Malaria in India - Number 2
Disease focus: Malaria
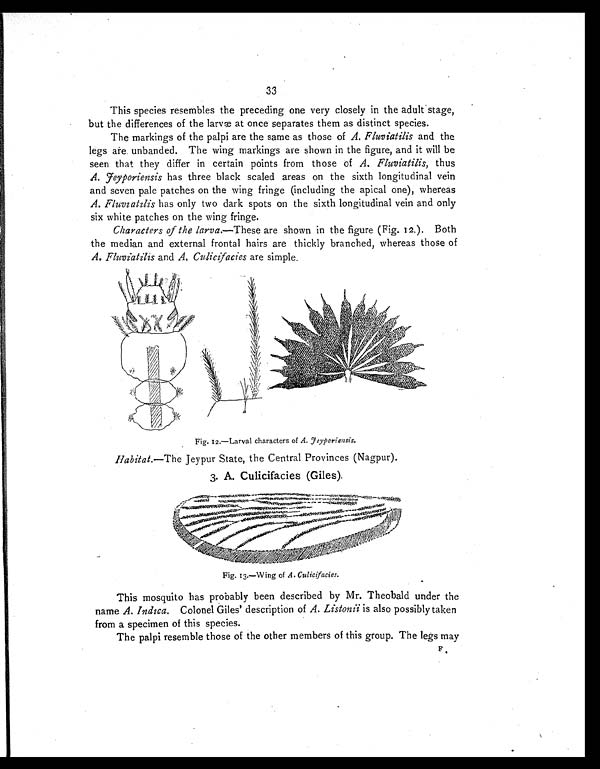
33
This species resembles the preceding one very closely in the adult stage,
but the differences of the larvæ at once separates them as distinct species.
The markings of the palpi are the same as those of A. Fluviatilis and the
legs are unbanded. The wing markings are shown in the figure, and it will be
seen that they differ in certain points from those of A. Fluviatilis, thus
A. Feyporiensis has three black scaled areas on the sixth longitudinal vein
and seven pale patches on the wing fringe (including the apical one), whereas
A. Fluviatilis has only two dark spots on the sixth longitudinal vein and only
six white patches on the wing fringe.
Characters of the larva.—These are shown in the figure (Fig. 12.). Both
the median and external frontal hairs are thickly branched, whereas those of
A. Fluviatilis and A. Culicifacies are simple.
F i g . 1 2 . — L a r v a l c h a r a c t e r s o f
A .
F e y p o r i e n s i s .
Habitat.—The Jeypur State, the Central Provinces (Nagpur).
3. A. Culicifacies (Giles).
Fig. 13.—Wing of A. Culicifacies.
This mosquito has probably been described by Mr. Theobald under the
name A. Indica. Colonel Giles' description of A. Listonii is also possibly taken
from a specimen of this species.
The palpi resemble those of the other members of this group. The legs may
F